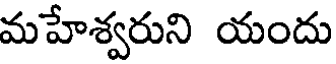
మహేశ్వరుని యందు